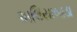
અલિયાબાડા